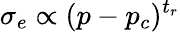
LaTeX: \sigma_{e}\propto(p-p_{c})^{t_{r}}